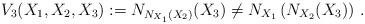
\begin{align*}V_3(X_1,X_2,X_3):=N_{N_{X_1}(X_2)}(X_3)\not=N_{X_1}\left(N_{X_2}(X_3)\right)\,.\end{align*}